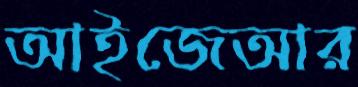
আইজেআর